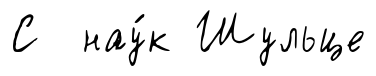
С нау́к Шульце